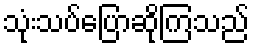
သုံးသပ်ပြောဆိုကြသည်